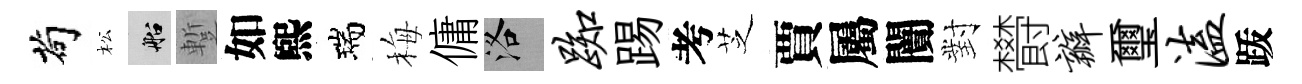
茍松船蹔如煕瑞梅傭洛踟踢考芝賈屬闠對欎瓣璽溘䟦